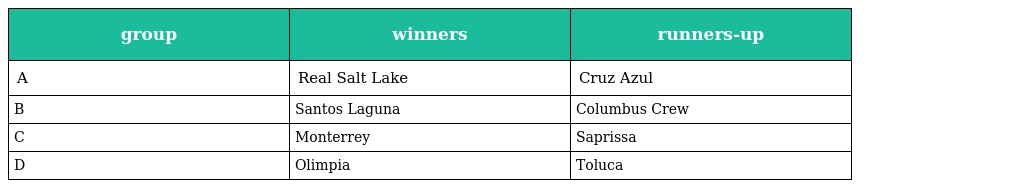
| group | winners | runners-up |
 | --- | --- | --- |
 | A | Real Salt Lake | Cruz Azul |
 | B | Santos Laguna | Columbus Crew |
 | C | Monterrey | Saprissa |
 | D | Olimpia | Toluca |